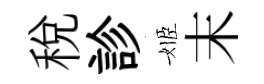
税診姬末